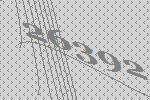
26392